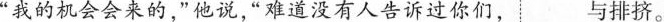
”我的机会会来的，”他说，”难道没有人告诉过你们，与排挤。